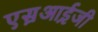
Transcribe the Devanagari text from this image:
एस़आई़जी